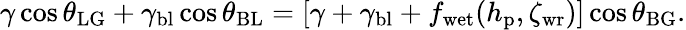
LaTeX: \gamma\cos\theta_{\mathrm{LG}}+\gamma_{\mathrm{bl}}\cos{\theta_{\mathrm{BL}}}=[\gamma+\gamma_{\mathrm{bl}}+f_{\mathrm{wet}}(h_{\mathrm{p}},\zeta_{\mathrm{wr}})]\cos\theta_{\mathrm{BG}}.